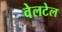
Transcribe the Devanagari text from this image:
वेलटेल